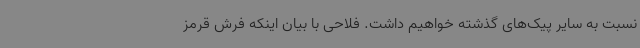
نسبت به سایر پیک‌های گذشته خواهیم داشت. فلاحی با بیان اینکه فرش قرمز